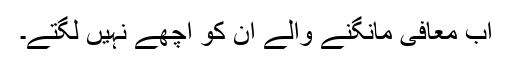
اب معافی مانگنے والے ان کو اچھے نہیں لگتے۔